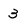
Character: 3